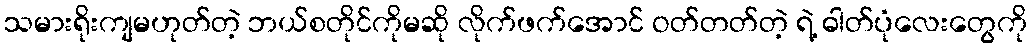
သမားရိုးကျမဟုတ်တဲ့ ဘယ်စတိုင်ကိုမဆို လိုက်ဖက်အောင် ဝတ်တတ်တဲ့ ရဲ့ ဓါတ်ပုံလေးတွေကို